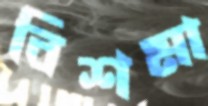
বিশমা